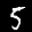
Label: 5